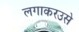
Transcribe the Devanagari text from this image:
लगाकरउसे